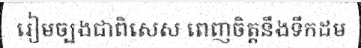
រៀមច្បងជាពិសេស ពេញចិត្តនឹងទឹកដម